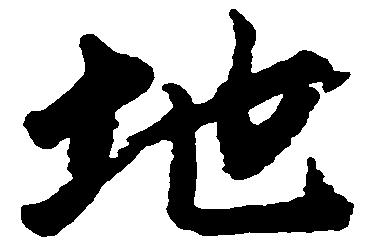
地